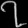
Digit: ၇